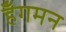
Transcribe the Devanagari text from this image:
हँगमन